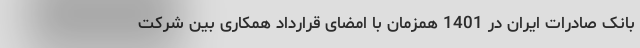
بانک صادرات ایران در 1401 همزمان با امضای قرارداد همکاری بین شرکت